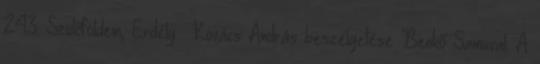
24:3. Szülőföldem, Erdély. Kovács András beszélgetése Benkő Samuval. A